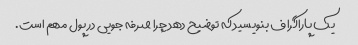
یک پاراگراف بنویسید که توضیح دهد چرا صرفه جویی در پول مهم است.